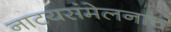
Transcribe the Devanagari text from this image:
नाटयसंमेलनाचं